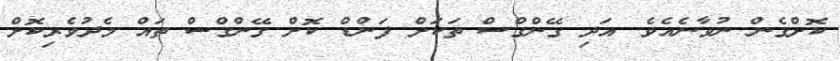
ކޮށްގެން ނުވާނެއެވެ. އަދި ގޭންގްސް ތަކަށް ފަންޑް ކޮށް ގޭންގްސް ތައް މެދުވެރިކޮށް